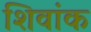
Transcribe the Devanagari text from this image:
शिवांक